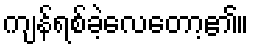
ကျန်ရစ်ခဲ့လေတော့၏။